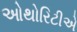
ઓથોરિટીએ